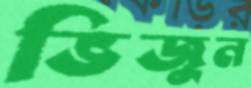
ভিজুন